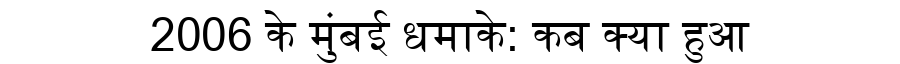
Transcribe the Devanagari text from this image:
2006 के मुंबई धमाके: कब क्या हुआ